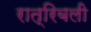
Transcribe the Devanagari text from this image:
रात्रिबली